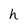
Character: h